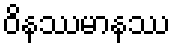
ဝိနဿမာနဿ